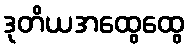
ဒုတိယအထွေထွေ